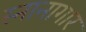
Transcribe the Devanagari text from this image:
स्‍नानागार